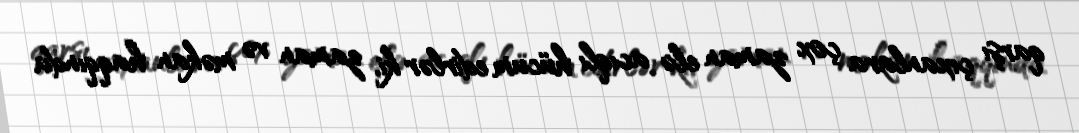
qarşı çıxanlara çox zaman elə acıqlı hücum edirlər ki, zaman və məkan haqqında